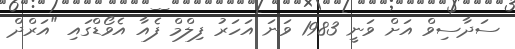
ސަދާސިވް އަށް ވަނީ 1983 ވަނަ އަހަރު ފިލްމް ފެއާ އެވޯޑްގައި "އަރްދް